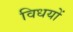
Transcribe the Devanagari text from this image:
विधयों